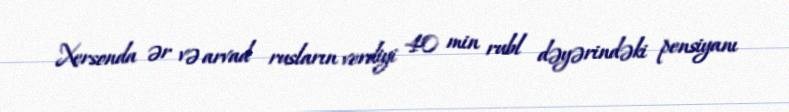
Xersonda ər və arvad rusların verdiyi 40 min rubl dəyərindəki pensiyanı